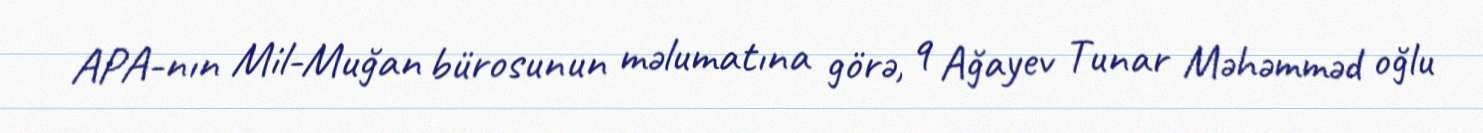
APA-nın Mil-Muğan bürosunun məlumatına görə, q Ağayev Tunar Məhəmməd oğlu